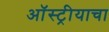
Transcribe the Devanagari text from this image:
ऑस्ट्रीयाचा